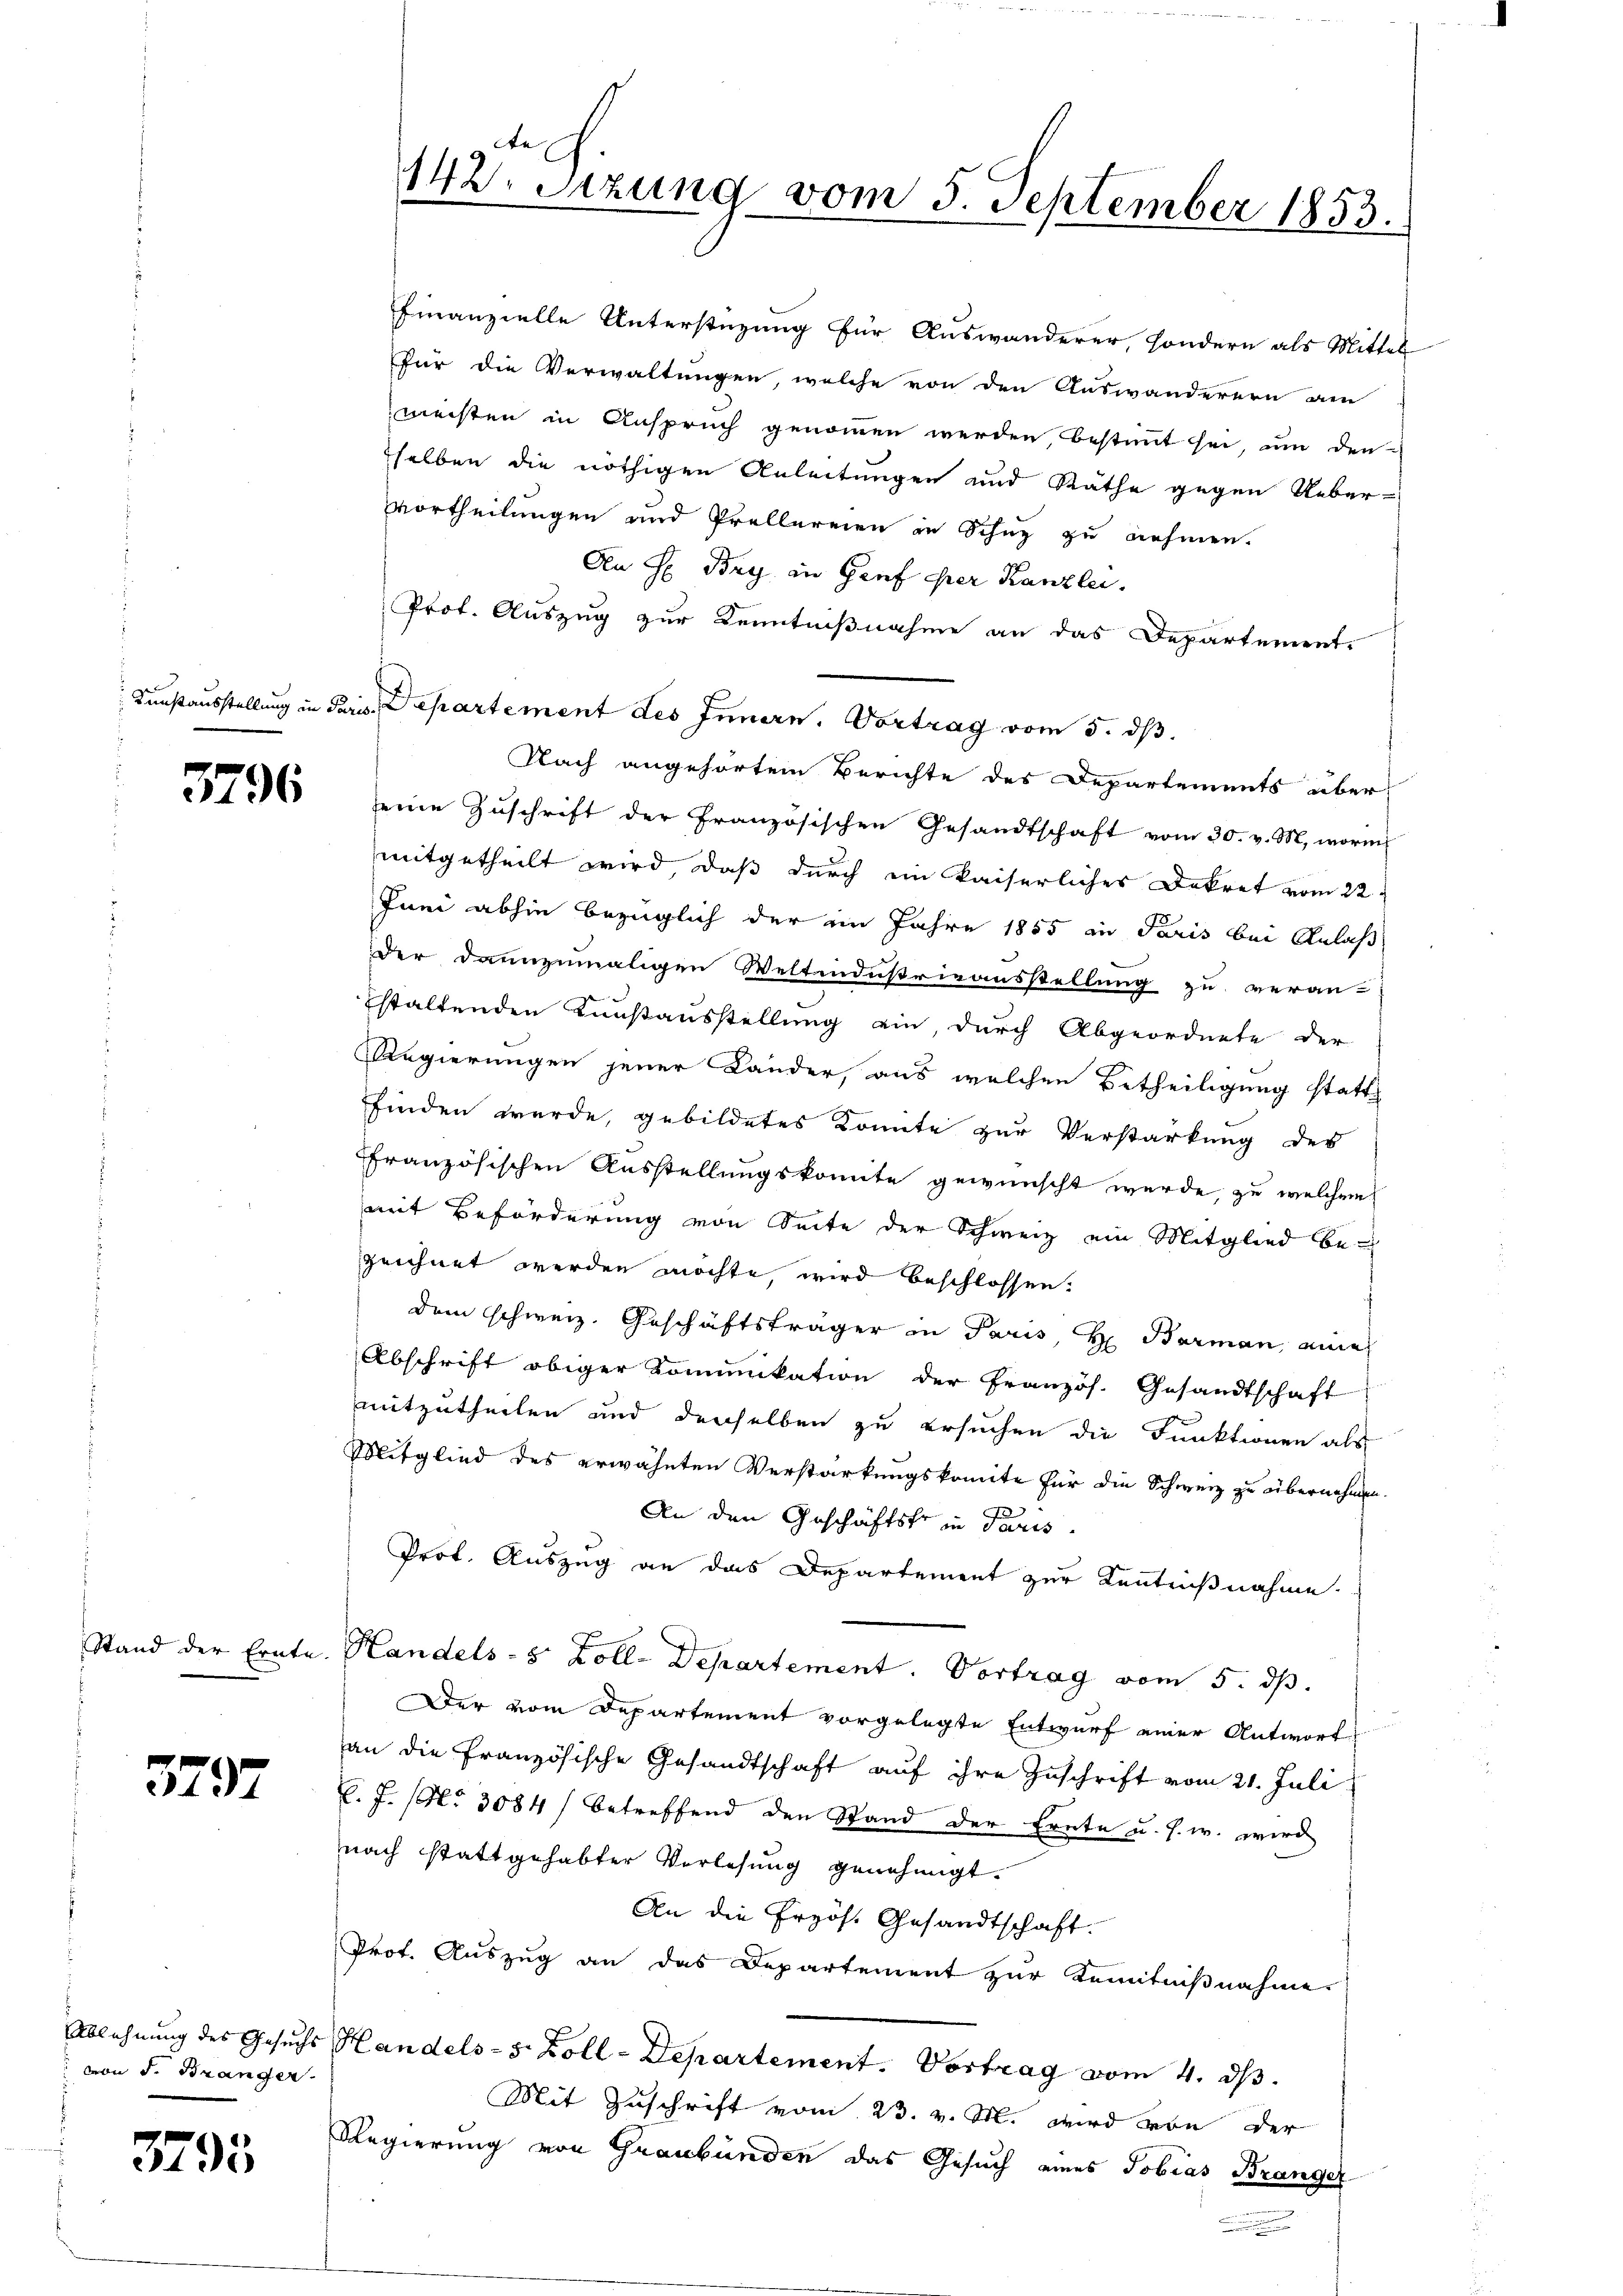
Stand der Ernte.

377

Ablehnung des Gesuchs
 von J. Branger

3793

3796

Finanzielle Unterstüzung für Auswanderer, sondern als Mittel
Pur die Verwaltungen, welche von den Auswanderern den
meisten in Anspruch genommen werden, bestimmt sei, um den
selben die nöthigen Anleitungen und Räthe gegen Ueber-
vortheilungen und Prellereien in Schuz zu nehmen.
An H Bry in Genf eher Kanzlei.
Prot. Auszug zur Kenntnißnahme an das Departement,
Kunstausstellung in Paris Departement des Innern. Vortrag vom 5. dβ.
Nach angehörtem Berichte des Departements über
seine Zuschrift der Französischen Gesandtschaft vom 30. v. M., worin
mitgetheilt wird, daß durch ein kaiserliches Dekret vom 22.
Juni abhin bezüglich der im Jahre 1855 in Paris bei Anlaß
der dannzumaligen Weltindustrieausstellung zu veran-
staltenden Kunstausstellung ein, durch Abgeordnete der
Regierungen jener Länder, aus welchen Betheiligung statt
finden wurde, gebildetes Konnte zur Verstärkung des
Französischen Ausstellungskomite gewünscht werde, zu welchem
mit Beförderung von Seite der Schweiz ein Mitglied bezeichnet werden möchte, wird beschlossen.
dem schweiz. Geschäftsträger in Paris H. Barman, eine
Abschrift obiger Kommikation der Französ. Gesandtschaft
mitzutheilen und denselben zu ersuchen die Funktionen als
Mitglied des erwähnten Verstärkungskomite für die Schweiz zu übernehmen.
An den Geschäftstr in Paris.
Prof. Auszug an das Departement zur Kenntnißnahme.
Handels- & Zoll-Departement. Vortrag vom 5. ds.
Der vom Departement vorgelegte Entwurf einer Antwort
an die Französische Gesandtschaft auf ihre Zuschrift vom 21. Juli
l.J. (No 3084/ betreffend den Stand der Ernte u. s. w. wird
nach stattgehabter Verlesung genehmigt.
An die Przös. Gesandtschaft.
Prot. Auszug an das Departement zur Kenntnißnahme
Handels-S. Zoll-Departement. Vortrag vom 4. ds.
Mit Zuschrift vom 23. v. M. wird von der
Regierung von Graubünden das Gesuch eines Tobias Branger

142. Setzung vom 5. September 1853.